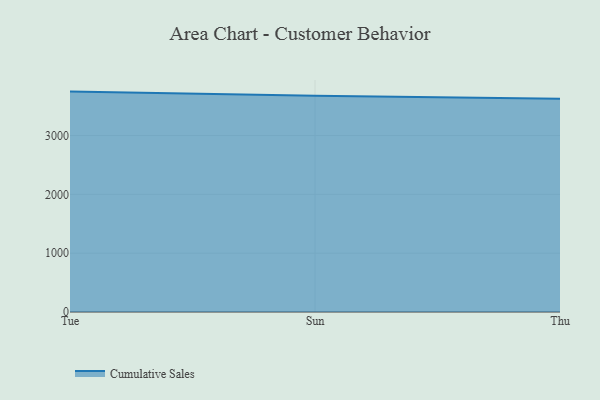
{"axis": {"x": "Day", "y": "Operating Costs (USD K)"}, "legend": ["Cumulative Sales"], "data": [{"x": "Tue", "y": 3747.7, "type": "Cumulative Sales"}, {"x": "Sun", "y": 3678.6, "type": "Cumulative Sales"}, {"x": "Thu", "y": 3624.4, "type": "Cumulative Sales"}]}